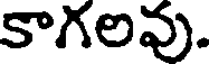
కాగలవు.